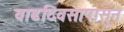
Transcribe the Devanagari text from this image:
वाढदिवसापासुन